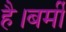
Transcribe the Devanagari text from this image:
है।बर्मी